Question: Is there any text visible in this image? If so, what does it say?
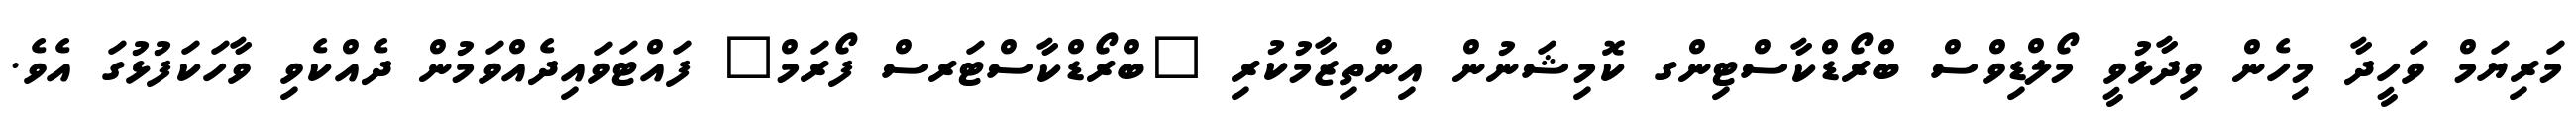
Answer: މަރިޔަމް ވަހީދާ މިހެން ވިދާޅުވީ މޯލްޑިވްސް ބްރޯޑްކާސްޓިންގ ކޮމިޝަނުން އިންތިޒާމުކުރި "ބްރޯޑްކާސްޓަރސް ފޯރަމް" ފައްޓަވައިދެއްވަމުން ދެއްކެވި ވާހަކަފުޅުގަ އެވެ.